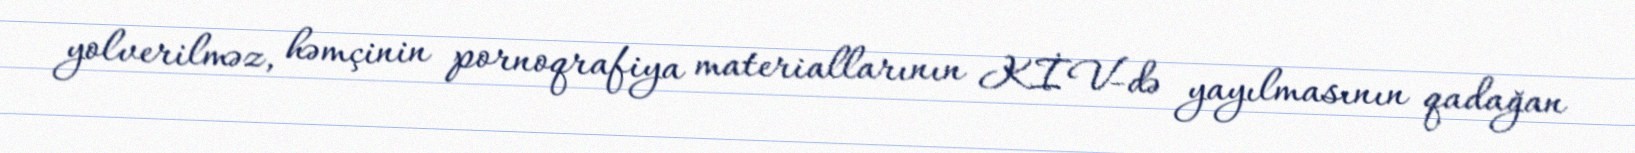
yolverilməz, həmçinin pornoqrafiya materiallarının KİV-də yayılmasının qadağan